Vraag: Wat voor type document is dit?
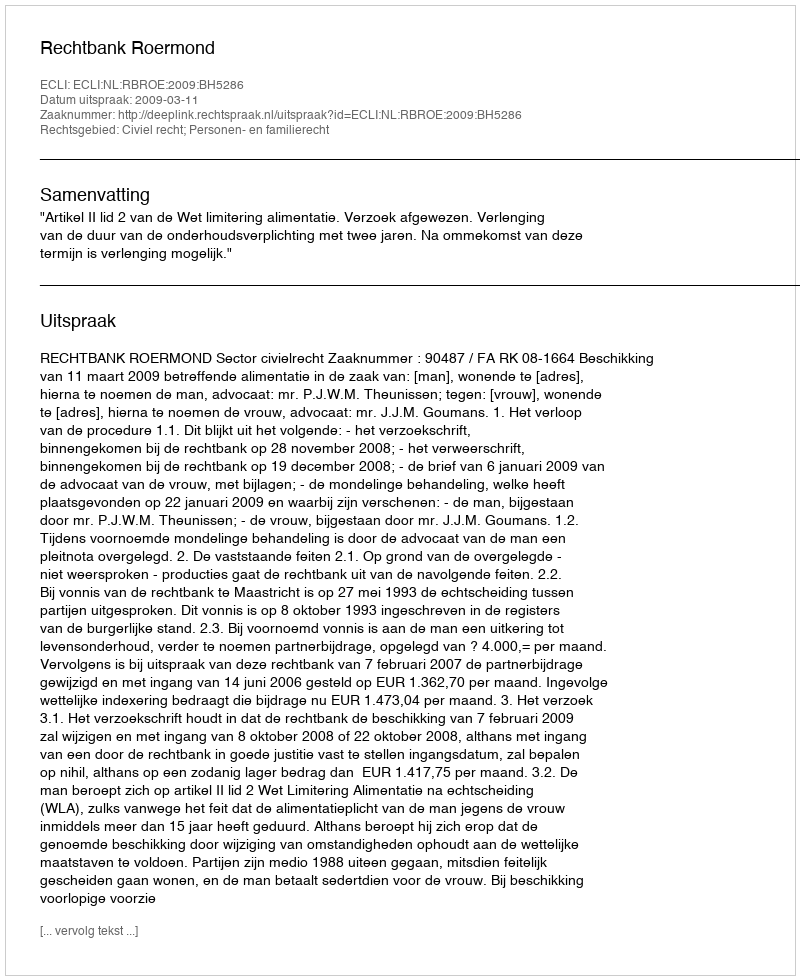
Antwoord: Uitspraak